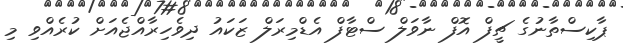
ޕާކިސްތާނުގެ ޗީފް އޮފް ނާވަލް ސްޓާފް އެޑްމިރަލް ޒަކައު ދިވެހިރާއްޖެއަށް ކުރެއްވި މި